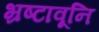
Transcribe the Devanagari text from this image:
भ्रष्टावूनि